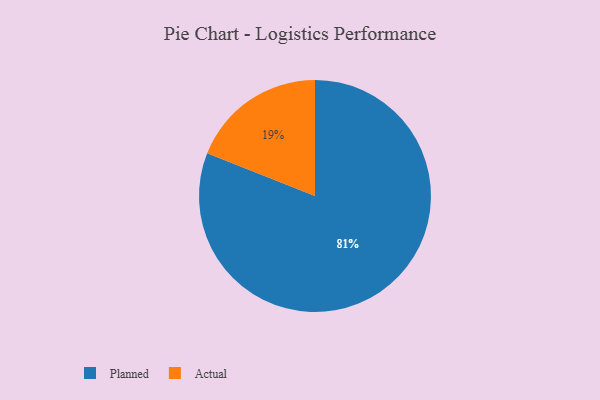
{"axis": {"x": "Category", "y": "Percentage"}, "legend": ["Actual", "Planned"], "data": [{"x": "Planned", "y": 81, "type": "Planned"}, {"x": "Actual", "y": 19, "type": "Actual"}]}